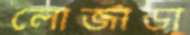
লোজাডা